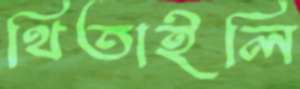
থিতাইলি